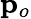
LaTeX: {\mathbf p}_{o}